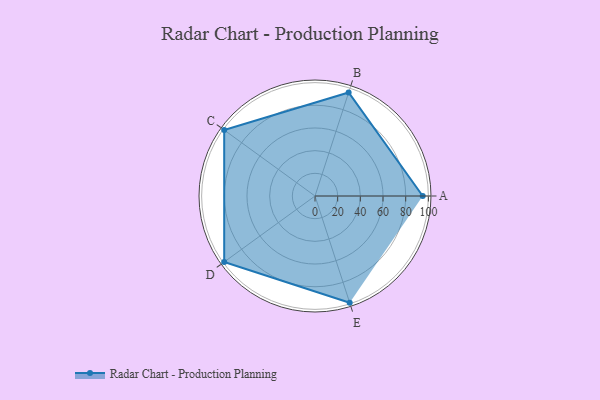
{"axis": {"x": "Skill", "y": "Score"}, "legend": ["Profile"], "data": [{"x": "A", "y": 95.0, "type": "Profile"}, {"x": "B", "y": 96.0, "type": "Profile"}, {"x": "C", "y": 99.0, "type": "Profile"}, {"x": "D", "y": 99, "type": "Profile"}, {"x": "E", "y": 99, "type": "Profile"}]}